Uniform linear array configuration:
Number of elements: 12
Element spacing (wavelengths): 0.75
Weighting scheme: kaiser
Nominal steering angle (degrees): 45
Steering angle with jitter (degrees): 45.219
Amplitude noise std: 0.05
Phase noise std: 0.05

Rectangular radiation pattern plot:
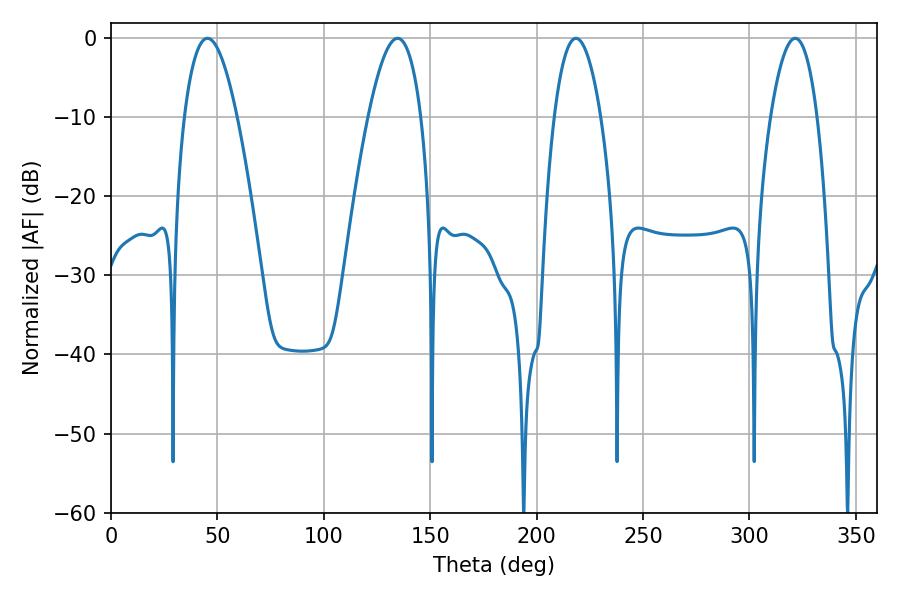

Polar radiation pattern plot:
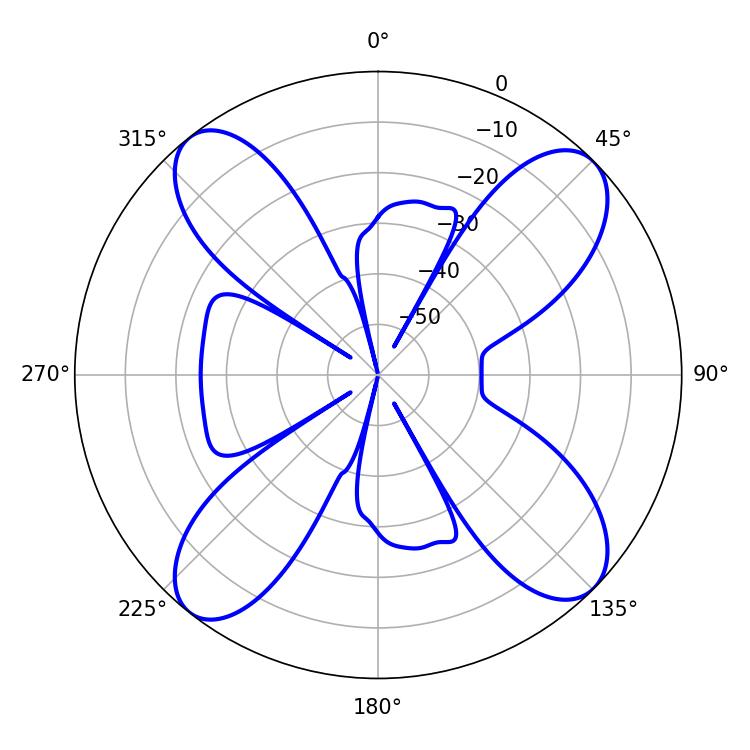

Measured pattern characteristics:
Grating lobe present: TRUE
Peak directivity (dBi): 13.897
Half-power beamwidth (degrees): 13.5
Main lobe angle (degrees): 45.36